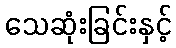
သေဆုံးခြင်းနှင့်